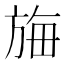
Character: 𬀆